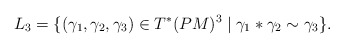
\begin{align*}L_3=\{(\gamma_1, \gamma_2, \gamma_3)\in T^*(PM)^3 \mid \gamma_1* \gamma_2 \sim \gamma_3 \}.\end{align*}